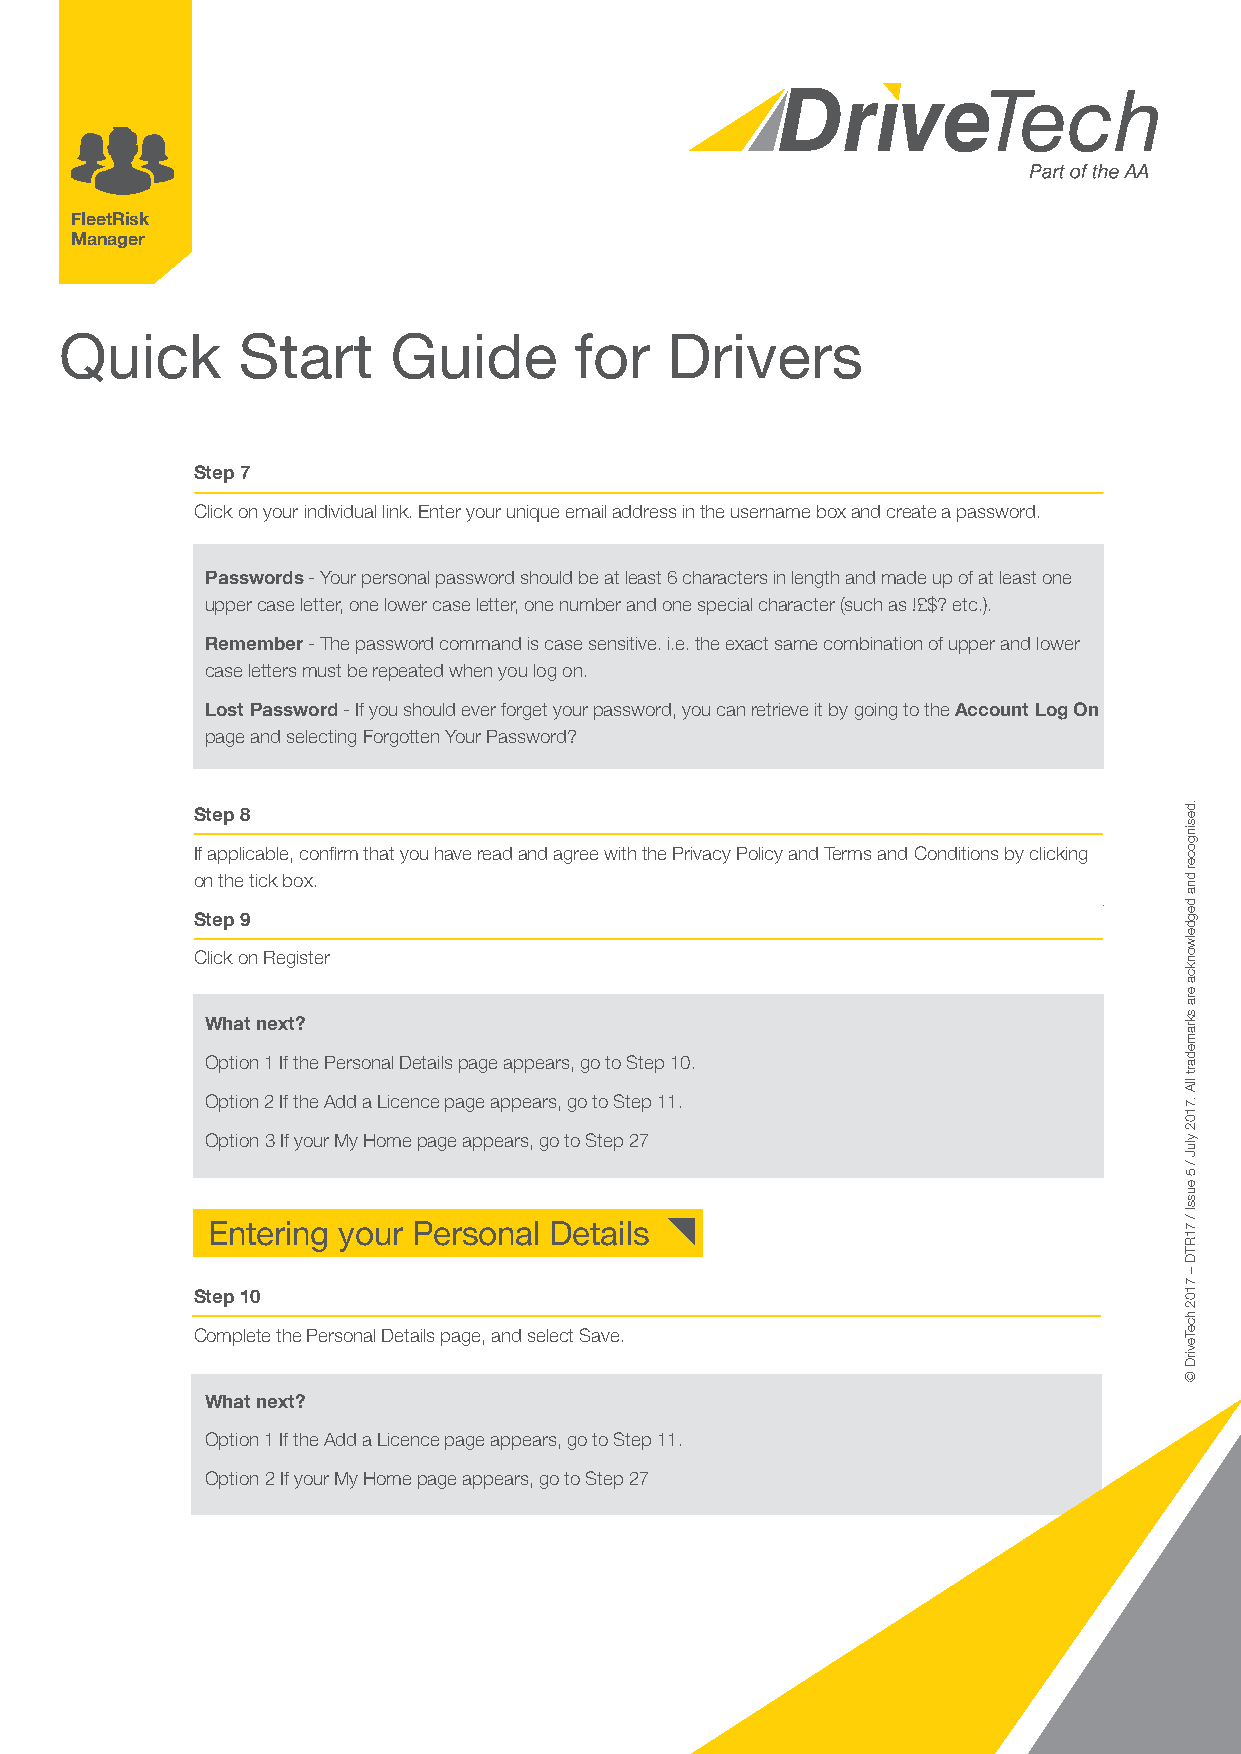
FleetRisk
 Manager
 Quick       Start     Guide       for   Drivers
 Step 7
 Click on your individual link. Enter your unique email address in the username box and create a password.
 Passwords - Your personal password should be at least 6 characters in length and made up of at least one
 upper case letter, one lower case letter, one number and one special character (such as !£$? etc.).
 Remember - The password command is case sensitive. i.e. the exact same combination of upper and lower
 case letters must be repeated when you log on.
 Lost Password - If you should ever forget your password, you can retrieve it by going to the Account Log On
 page and selecting Forgotten Your Password?
 Step 8
 If applicable, confirm that you have read and agree with the Privacy Policy and Terms and Conditions by clicking
 on the tick box.
 Step 9
 Click on Register
 What next?
 Option 1 If the Personal Details page appears, go to Step 10.
 Option 2 If the Add a Licence page appears, go to Step 11.
 Option 3 If your My Home page appears, go to Step 27
 Entering your Personal Details
 Step 10
 Complete the Personal Details page, and select Save.
 What next?
 Option 1 If the Add a Licence page appears, go to Step 11.
 Option 2 If your My Home page appears, go to Step 27
 .desingocer
 dna
 degdelwonkca
 era
 skramedart
 llA
 .7102
 yluJ
 /
 5
 eussI
 /
 71RTD
 –
 7102
 hceTevirD
 ©